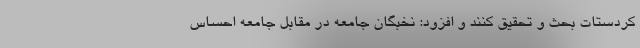
کردستات بحث و تحقیق کنند و افزود: نخبگان جامعه در مقابل جامعه احساس